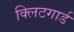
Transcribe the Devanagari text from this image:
क्लिटगार्ड